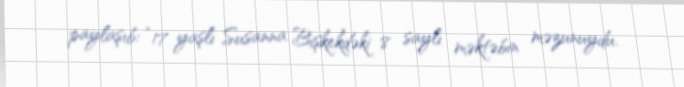
paylaşıb: “17 yaşlı Susanna Bişkekdəki 8 saylı məktəbin məzunuydu.